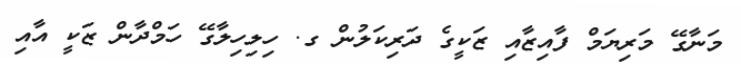
މަނާގޭ މަރިޔަމް ފާއިޒާއި ޒަކީގެ ދަރިކަލުން ގ. ހިލިހިލާގޭ ހަމްދާން ޒަކީ އާއި